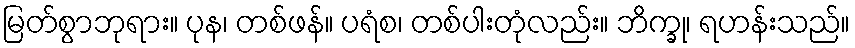
မြတ်စွာဘုရား။ ပုန၊ တစ်ဖန်။ ပရံစ၊ တစ်ပါးတုံလည်း။ ဘိက္ခု၊ ရဟန်းသည်။